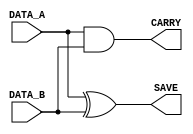
module smhalfadder ( DATA_A, DATA_B, SAVE, CARRY );
   input  DATA_A;
   input  DATA_B;
   output SAVE;
   output CARRY;
   assign SAVE = DATA_A ^ DATA_B;
   assign CARRY = DATA_A & DATA_B;
endmodule